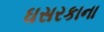
ઘસરકાના